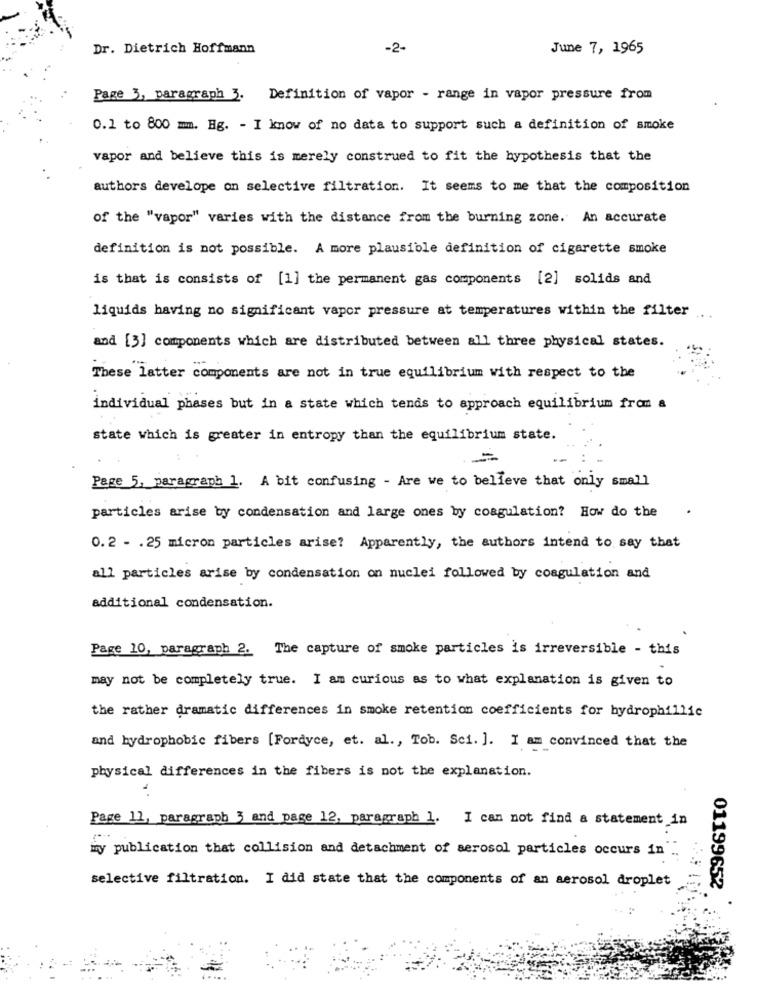
Dr. Dietrich Hoffmann
-2-
June 7, 1965
Page 3, paragraph 3. Definition of vapor - range in vapor pressure from
0.1 to 800 mm. Hg. - I know of no data to support such a definition of smoke
vapor and believe this is merely construed to fit the hypothesis that the
authors develope on selective filtration. It seems to me that the composition
of the "vapor" varies with the distance from the burning zone.' An accurate
definition is not possible. A more plausible definition of cigarette smoke
is that is consists of [1] the permanent gas components [2] solids and
liquids having no significant vapor pressure at temperatures within the filter
and [3] components which are distributed between all three physical states.
These latter components are not in true equilibrium with respect to the
individual phases but in a state which tends to approach equilibrium from a
state which is greater in entropy than the equilibrium state.
-
Page 5, paragraph 1. A bit confusing - Are we to believe that only small
particles arise by condensation and large ones by coagulation? How do the
0. 2 - . 25 micron particles arise? Apparently, the authors intend to say that
all particles arise by condensation on nuclei followed by coagulation and
additional condensation.
Page 10, paragraph 2. The capture of smoke particles is irreversible - this
may not be completely true. I am curious as to what explanation is given to
the rather dramatic differences in smoke retention coefficients for hydrophillic
and hydrophobic fibers [Fordyce, et. al ., Tob. Sci. ]. I am convinced that the
physical differences in the fibers is not the explanation.
Page 11, paragraph 3 and page 12, paragraph 1. I can not find a statement in
my publication that collision and detachment of aerosol particles occurs in
selective filtration. I did state that the components of an aerosol droplet
01199652